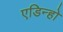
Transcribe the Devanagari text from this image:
एडिन्हो